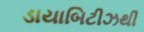
ડાયાબિટીઝથી